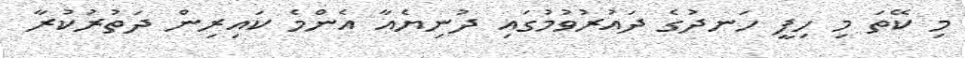
މި ކޭތަ މި ހިފީ ހަނދުގެ ދައުރުވުމުގައި ދުނިޔެއާ އެންމެ ކައިރިން ދަތުރުކުރާ